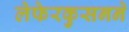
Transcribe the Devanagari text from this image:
लेफेरकुसनने